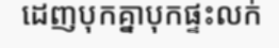
ដេញបុកគ្នាបុកផ្ទះលក់